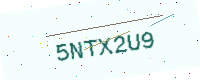
Text: 5NTX2U9